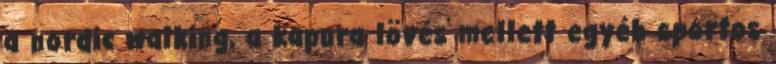
a nordic walking, a kapura lövés mellett egyéb sportos